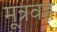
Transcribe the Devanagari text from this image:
मूत्रवह